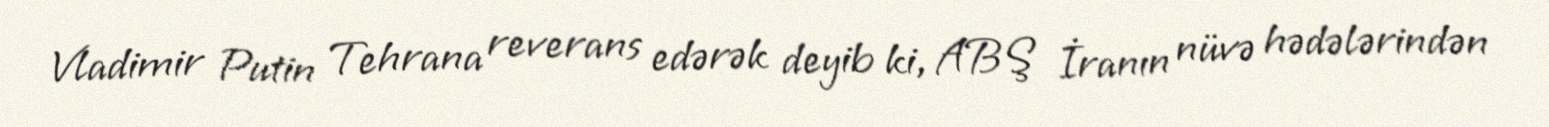
Vladimir Putin Tehrana reverans edərək deyib ki, ABŞ İranın nüvə hədələrindən